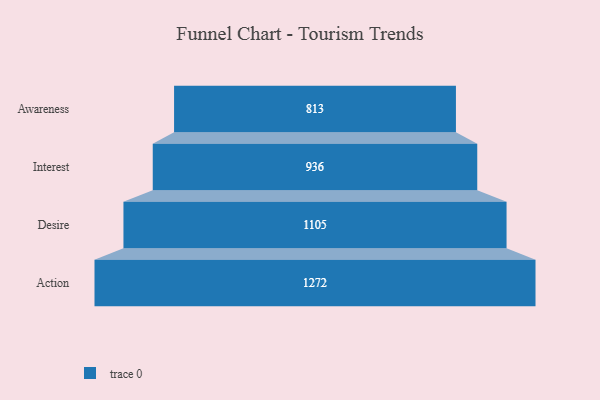
{"axis": {"x": "Stage", "y": "Value"}, "legend": [""], "data": [{"x": "Awareness", "y": 813.0, "type": ""}, {"x": "Interest", "y": 936.0, "type": ""}, {"x": "Desire", "y": 1105.0, "type": ""}, {"x": "Action", "y": 1272.0, "type": ""}]}